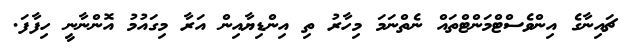
ޗައިނާގެ އިންވެސްޓްމަންޓްތައް ނެތްނަމަ މިހާރު ތި އިންޑިޔާއިން އަރާ މިގައުމު އޮންނާނީ ހިފާފަ.